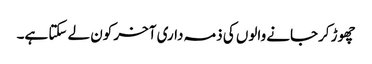
چھوڑ کرجانے والوں کی ذمہ داری آخر کون لے سکتا ہے۔